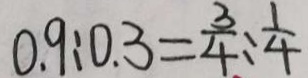
0 . 9 : 0 . 3 = \frac { 3 } { 4 } : \frac { 1 } { 4 }